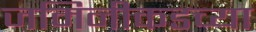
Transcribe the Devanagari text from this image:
जमिनीकडच्या